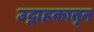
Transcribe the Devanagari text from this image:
उद्वाहकातून